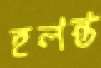
হলন্ত